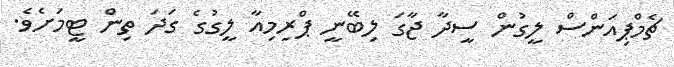
ޗެމްޕިއަންސް ލީގުން ސީދާ ޖާގަ ލިބޭނީ ޕްރިމިއާ ލީގުގެ ގަދަ ތިން ޓީމަށެވެ.